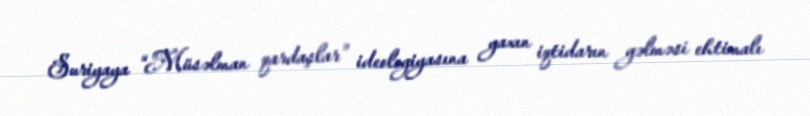
Suriyaya “Müsəlman qardaşlar” ideologiyasına yaxın iqtidarın gəlməsi ehtimalı